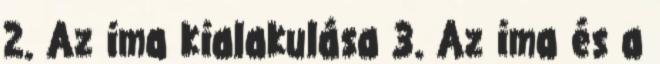
2. Az ima kialakulása 3. Az ima és a